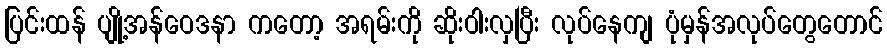
ပြင်းထန် ပျို့အန်ဝေဒနာ ကတော့ အရမ်းကို ဆိုးဝါးလှပြီး လုပ်နေကျ ပုံမှန်အလုပ်တွေတောင်